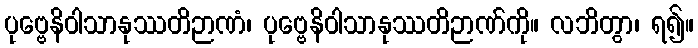
ပုဗ္ဗေနိဝါသာနုဿတိဉာဏံ၊ ပုဗ္ဗေနိဝါသာနုဿတိဉာဏ်ကို။ လဘိတွာ၊ ရ၍။